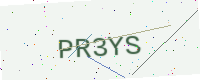
Text: PR3YS